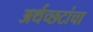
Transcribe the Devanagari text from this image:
अर्थच्‍छटांचा